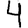
Digit: 4